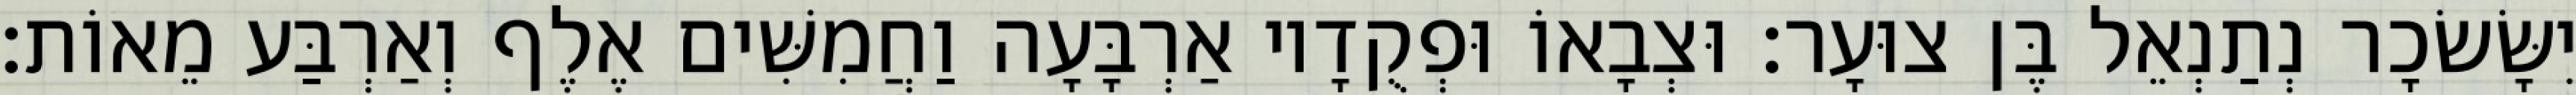
יִשָּׂשׂכָר נְתַנְאֵל בֶּן צוּעָר׃ וּצְבָאוֹ וּפְקֻדָיו אַרְבָּעָה וַחֲמִשִּׁים אֶלֶף וְאַרְבַּע מֵאוֹת׃